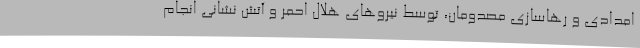
امدادی و رهاسازی مصدومان، توسط نیروهای هلال احمر و آتش نشانی انجام